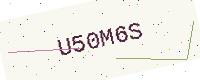
Text: U50M6S